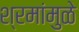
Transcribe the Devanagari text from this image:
श्रमांमुळे